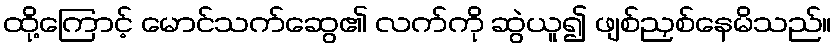
ထို့ကြောင့် မောင်သက်ဆွေ၏ လက်ကို ဆွဲယူ၍ ဖျစ်ညှစ်နေမိသည်။